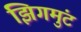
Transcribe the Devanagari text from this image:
झिगमुंट